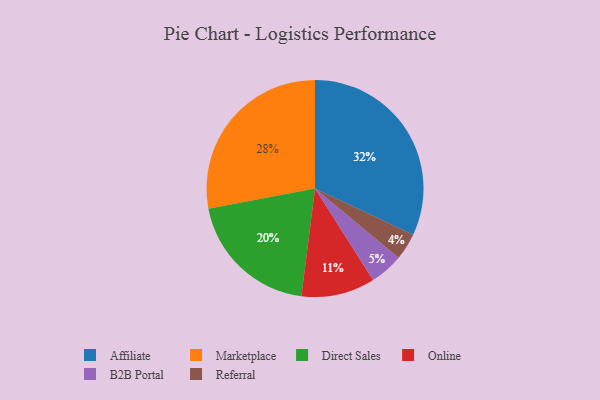
{"axis": {"x": "Category", "y": "Percentage"}, "legend": ["Affiliate", "B2B Portal", "Direct Sales", "Marketplace", "Online", "Referral"], "data": [{"x": "Direct Sales", "y": 20, "type": "Direct Sales"}, {"x": "Marketplace", "y": 28, "type": "Marketplace"}, {"x": "Referral", "y": 4, "type": "Referral"}, {"x": "Online", "y": 11, "type": "Online"}, {"x": "B2B Portal", "y": 5, "type": "B2B Portal"}, {"x": "Affiliate", "y": 32, "type": "Affiliate"}]}